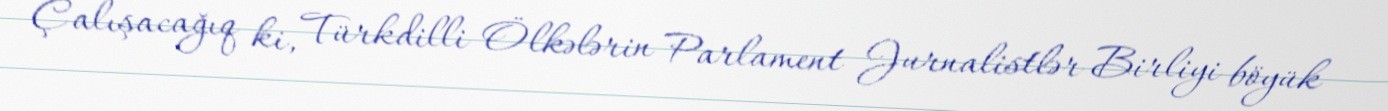
Çalışacağıq ki, Türkdilli Ölkələrin Parlament Jurnalistlər Birliyi böyük